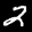
Label: 2